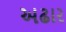
અઢાર